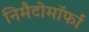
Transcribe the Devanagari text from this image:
निमैटोमॉर्फा